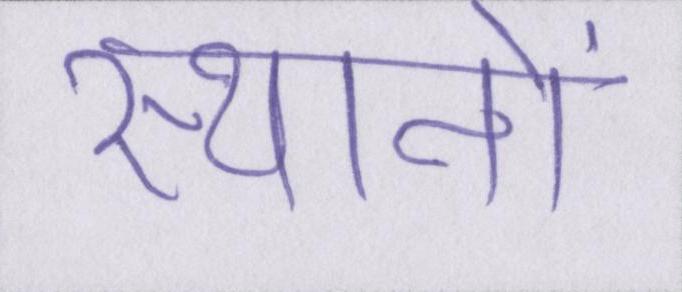
स्थानों